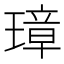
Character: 璋